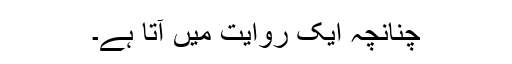
چنانچہ ایک روایت میں آتا ہے۔